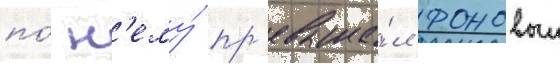
по́ н'ему́ пр'евыша́л фоновыи